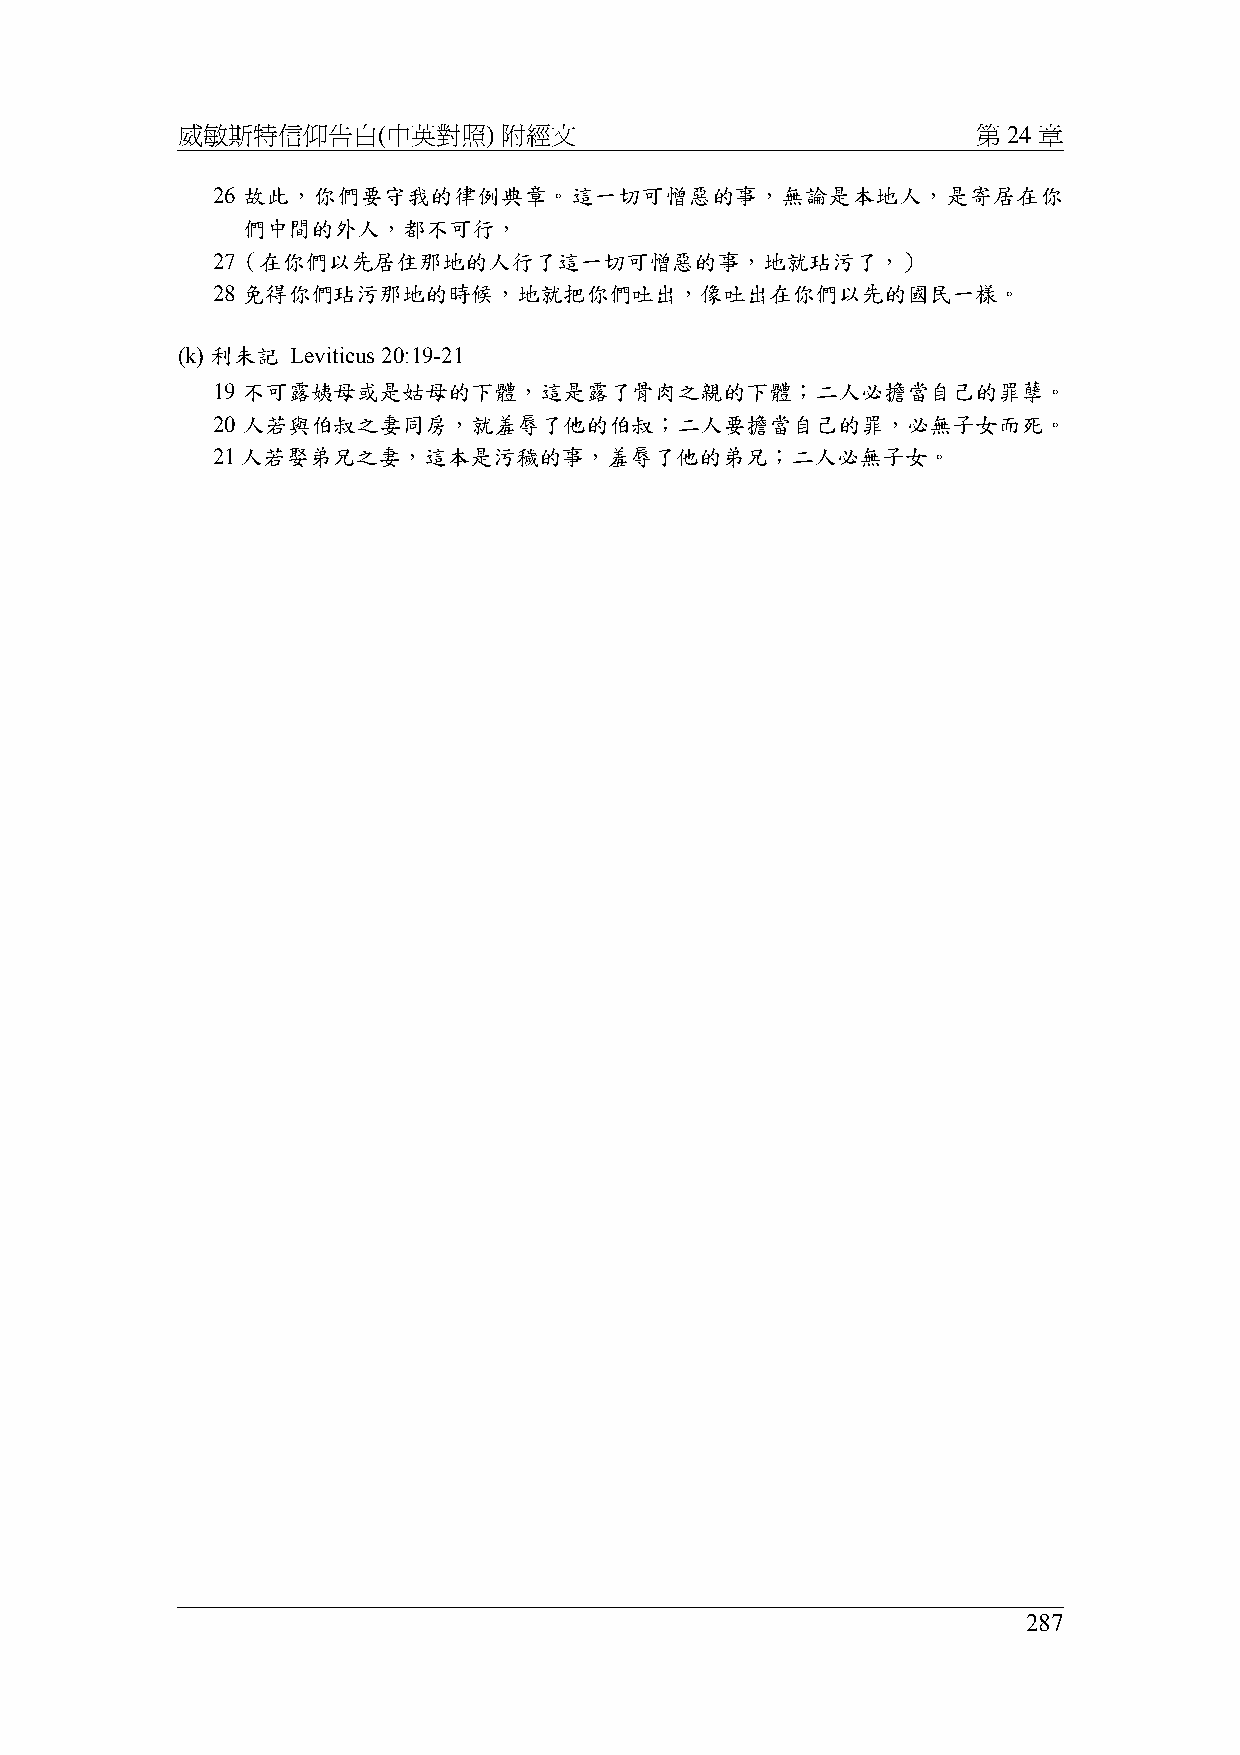
威敏斯特信仰告白(中英對照)       附經文                             第 24 章
 26 故此，你們要守我的律例典章。這一切可憎惡的事，無論是本地人，是寄居在你
 們中間的外人，都不可行，
 27（在你們以先居住那地的人行了這一切可憎惡的事，地就玷污了，）
 28 免得你們玷污那地的時候，地就把你們吐出，像吐出在你們以先的國民一樣。
 (k) 利未記 Leviticus 20:19-21
 19 不可露姨母或是姑母的下體，這是露了骨肉之親的下體；二人必擔當自己的罪孽。
 20 人若與伯叔之妻同房，就羞辱了他的伯叔；二人要擔當自己的罪，必無子女而死。
 21人若娶弟兄之妻，這本是污穢的事，羞辱了他的弟兄；二人必無子女。
 287